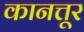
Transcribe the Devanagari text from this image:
कानत्तूर